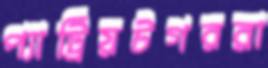
প্যাট্রিয়টগররা